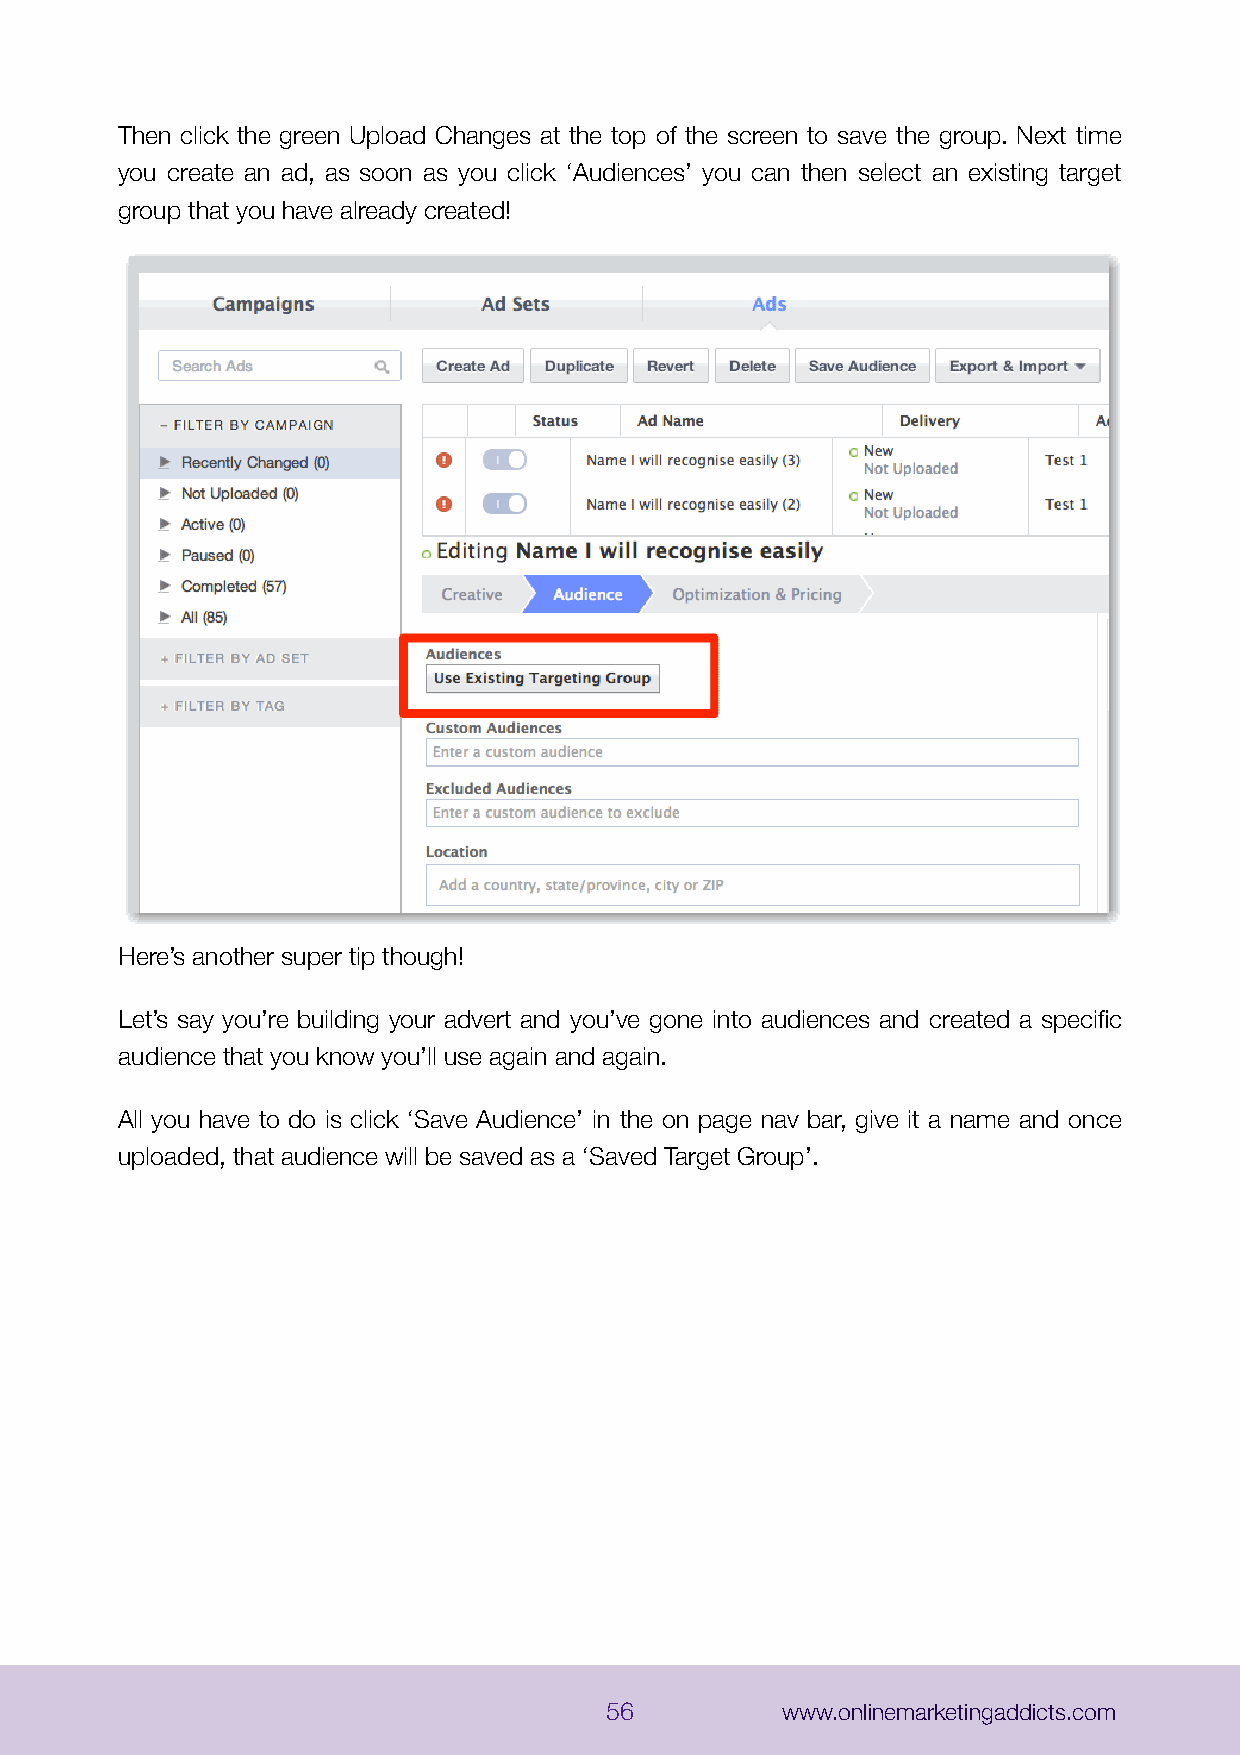
Then click the green Upload Changes at the top of the screen to save the group. Next time
 you create an ad, as soon as you click ‘Audiences’ you can then select an existing target
 group that you have already created!
 Here’s another super tip though!
 Let’s say you’re building your advert and you’ve gone into audiences and created a specific
 audience that you know you’ll use again and again.
 All you have to do is click ‘Save Audience’ in the on page nav bar, give it a name and once
 uploaded, that audience will be saved as a ‘Saved Target Group’.
 56          www.onlinemarketingaddicts.com